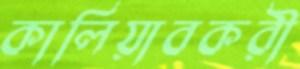
কালিয়াবকরী